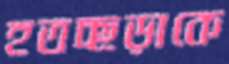
হতচ্ছড়াকে